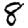
Digit: 8